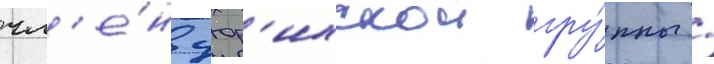
чл'е́н цюр'ихскои гру́ппы /